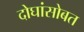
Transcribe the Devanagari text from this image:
दोघांसोबत